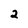
Character: 2